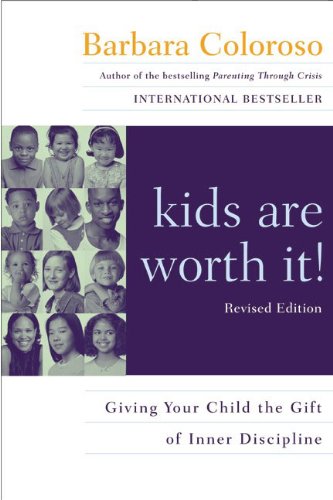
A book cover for Kids Are Worth It! : Giving Your Child The Gift Of Inner Discipline; Barbara Coloroso; Parenting & Relationships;